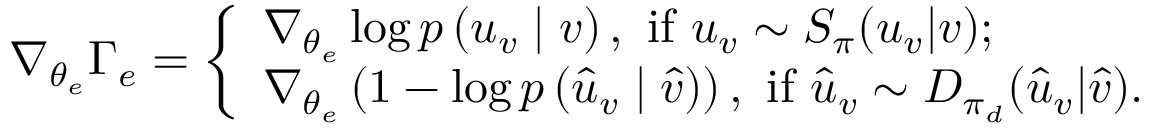
\nabla _ { \theta _ { e } } \Gamma _ { e } = \left\{ \begin{array} { l } { \nabla _ { \theta _ { e } } \log p \left( u _ { v } \mid v \right) , \mathrm { ~ i f ~ } u _ { v } \sim { \cal S } _ { \pi } ( u _ { v } | v ) ; } \\ { \nabla _ { \theta _ { e } } \left( 1 - \log p \left( \hat { u } _ { v } \mid \hat { v } \right) \right) , \mathrm { ~ i f ~ } \hat { u } _ { v } \sim { \cal D } _ { \pi _ { d } } ( \hat { u } _ { v } | \hat { v } ) . } \end{array} \right.